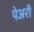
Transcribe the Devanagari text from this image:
पेअरी